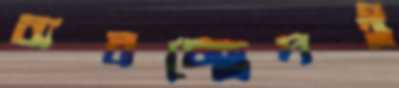
ব্যবচ্ছেদই